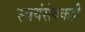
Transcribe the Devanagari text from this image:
स्वयंसेवकही